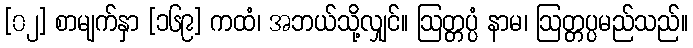
[၀၂] စာမျက်နှာ [၁၆၉] ကထံ၊ အဘယ်သို့လျှင်။ ဩတ္တပ္ပံ နာမ၊ ဩတ္တပ္ပမည်သည်။